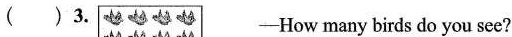
( )3. ——How many birds do you see?